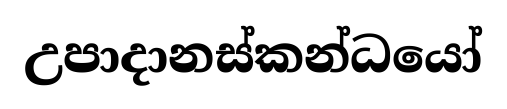
උපාදානස්කන්ධයෝ